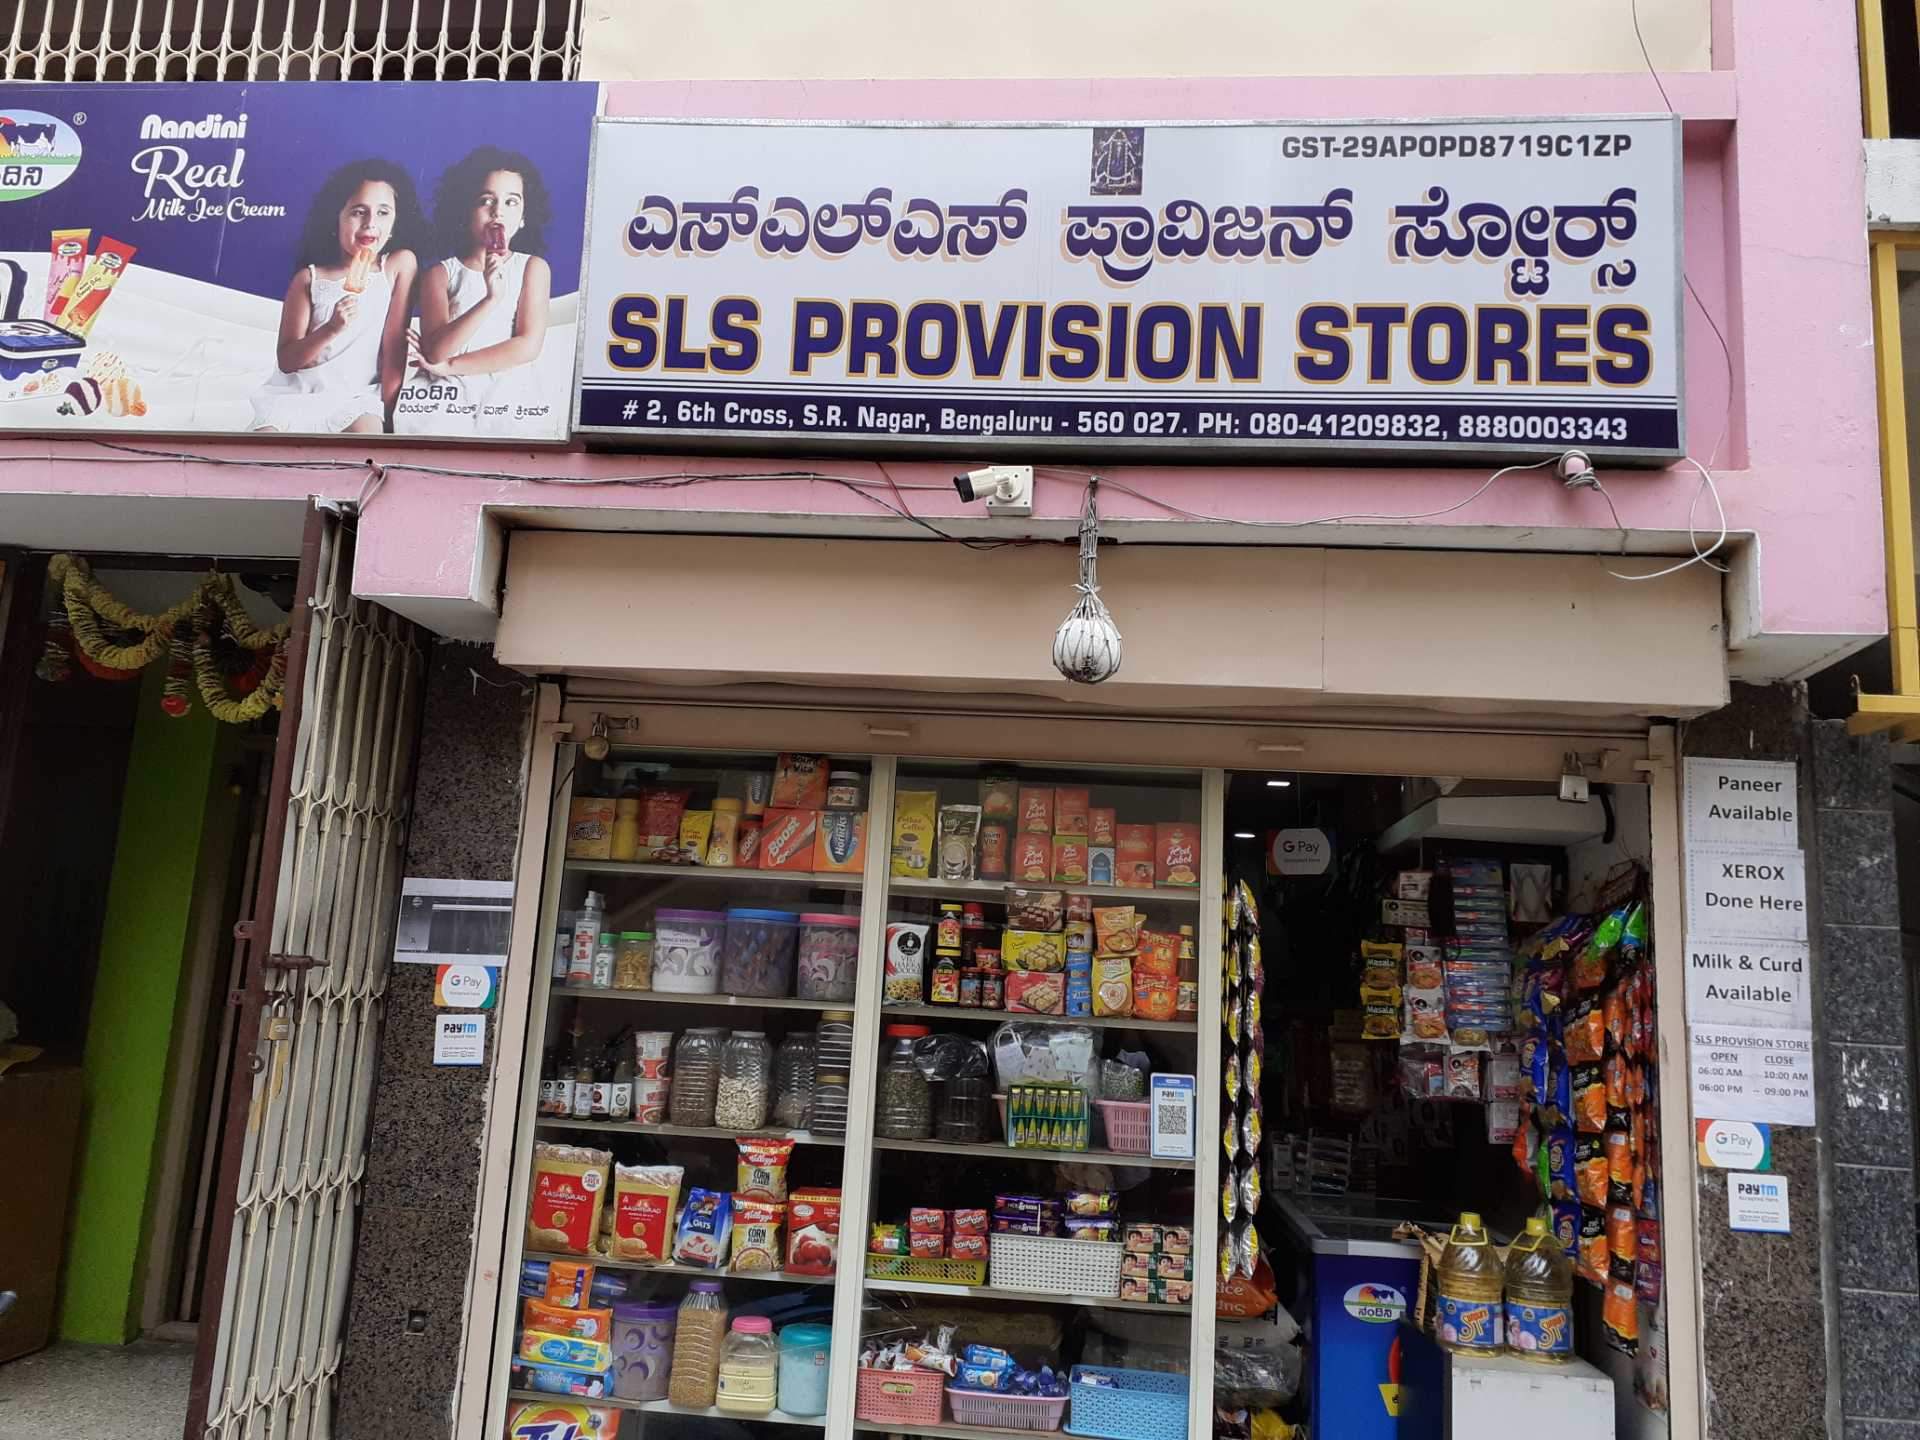
Language: kannada
Transcription: ಪ್ರಾವಿಜನ್ ಎಸ್ಎಲ್ಎಸ್ ಸ್ಟೋರ್ಸ್